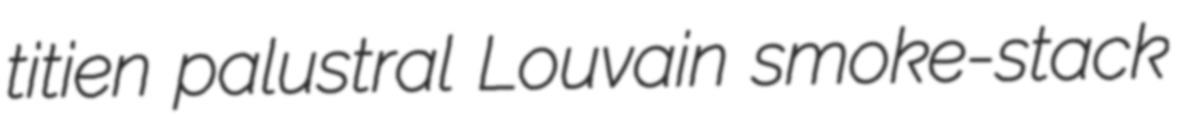
titien palustral Louvain smoke-stack